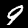
Digit: 9